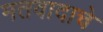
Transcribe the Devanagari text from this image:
मतवादाचे